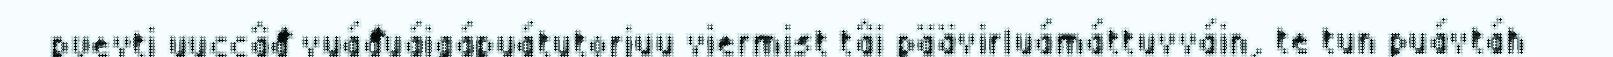
pyevti uuccâđ vuáđuáigápuátutorjuu viermist tâi päävirluámáttuvváin, te tun puávtáh